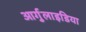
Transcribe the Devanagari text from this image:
आर्गुलाइडिया